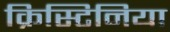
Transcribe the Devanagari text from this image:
क्रिस्टिनिया